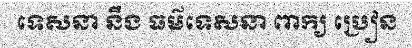
ទេសនា នឹង ធម៌ទេសនា ពាក្យ ប្រៀន